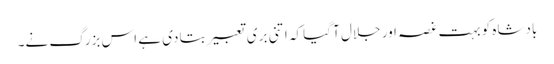
بادشاہ کو بہت غصہ اور جلال آ گیا کہ اتنی بری تعبیر بتا دی ہے اس بزرگ نے۔